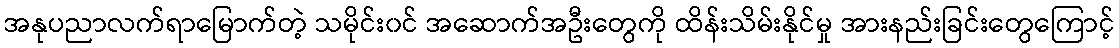
အနုပညာလက်ရာမြောက်တဲ့ သမိုင်း၀င် အဆောက်အဦးတွေကို ထိန်းသိမ်းနိုင်မှု အားနည်းခြင်းတွေကြောင့်